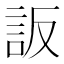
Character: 䛀